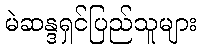
မဲဆန္ဒရှင်ပြည်သူများ